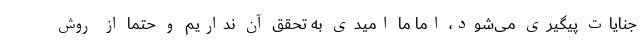
جنایات پیگیری می‌شود، اما ما امیدی به تحقق آن نداریم و حتما از روش